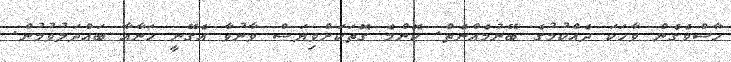
ހާސްވެގެން ވާހަކަ ދެއްކުމުގެ ބޭނުމެއްނެތް. ކޮންމެ ގޮތަކަށްވިޔަސް ވާނުވާ އެގޭނީ ހަނާއާ ބައްދަލުވުމުން.